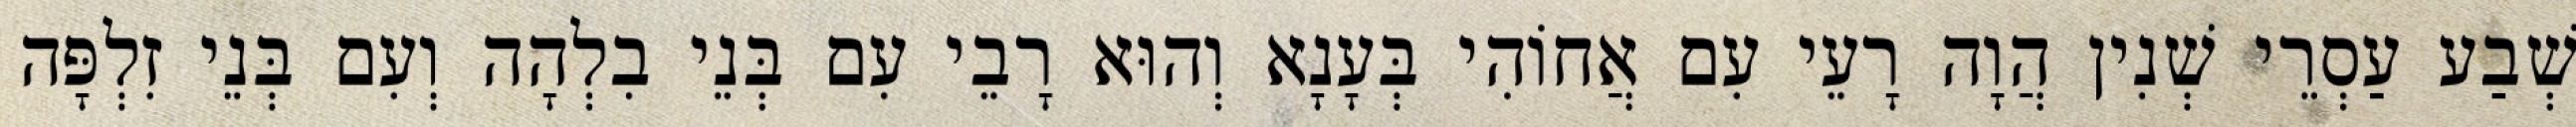
שְׁבַע עַסְרֵי שְׁנִין הֲוָה רָעֵי עִם אֲחוֹהִי בְּעָנָא וְהוּא רָבֵי עִם בְּנֵי בִלְהָה וְעִם בְּנֵי זִלְפָּה